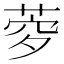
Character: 𦲎